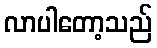
လာပါတော့သည်